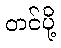
တင်ပို့